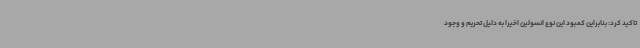
تاکید کرد: بنابراین کمبود این نوع انسولین اخیرا به دلیل تحریم و وجود